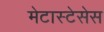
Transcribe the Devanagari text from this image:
मेटास्टेसेस